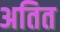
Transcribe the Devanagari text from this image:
अतित